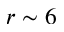
r \sim 6